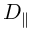
D _ { \parallel }